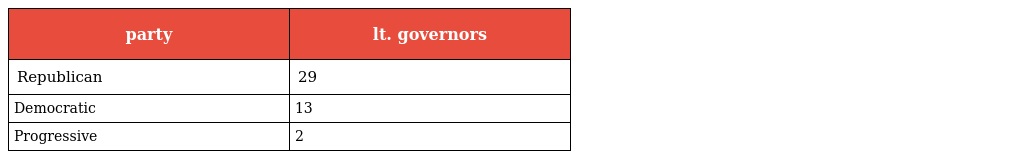
| party | lt. governors |
 | --- | --- |
 | Republican | 29 |
 | Democratic | 13 |
 | Progressive | 2 |